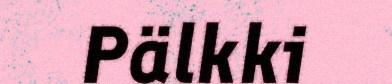
Pälkki